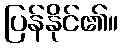
ပြန်နိုင်၏။